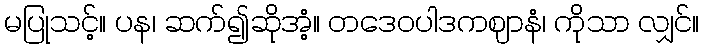
မပြုသင့်။ ပန၊ ဆက်၍ဆိုအံ့။ တဒေဝပါဒကဈာနံ၊ ကိုသာ လျှင်။